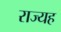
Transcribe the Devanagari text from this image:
राज्यह